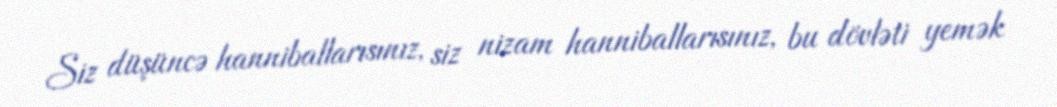
Siz düşüncə hanniballarısınız, siz nizam hanniballarısınız, bu dövləti yemək